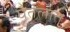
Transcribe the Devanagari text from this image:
घेतलात